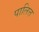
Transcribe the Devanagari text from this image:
पालित्त